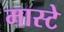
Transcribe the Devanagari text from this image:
मास्टे